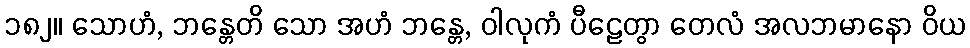
၁၈၂။ သောဟံ, ဘန္တေတိ သော အဟံ ဘန္တေ, ဝါလုကံ ပီဠေတွာ တေလံ အလဘမာနော ဝိယ